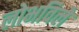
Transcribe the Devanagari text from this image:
लोभविले